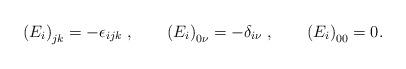
LaTeX: \begin{align*}\left( E_{i}\right) _{jk}=-\epsilon_{ijk}\;,\qquad\left( E_{i}\right)_{0\nu}=-\delta_{i\nu}\;,\qquad\left( E_{i}\right) _{00}=0.\end{align*}